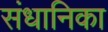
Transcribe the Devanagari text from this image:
संधानिका